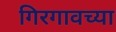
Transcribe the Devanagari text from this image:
गिरगावच्या